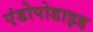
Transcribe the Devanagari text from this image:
एंडोपोडाइड